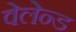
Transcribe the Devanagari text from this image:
वेलेन्ड